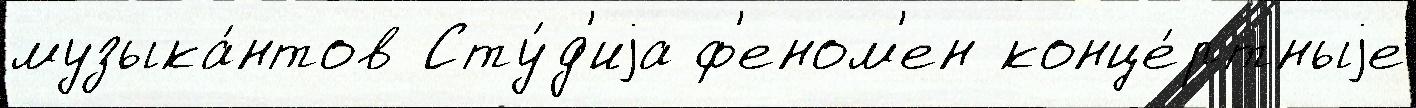
музыка́нтов Сту́д'иjа ф'еном'ен конце́ртныjе